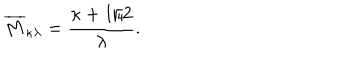
LaTeX: \overline { { { M } } } _ { \kappa \lambda } = \frac { \kappa + 1 / 2 } { \lambda } .